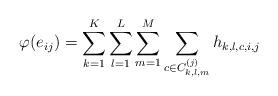
LaTeX: \begin{align*}\varphi (e_{ij} ) = \sum_{k=1}^K \sum_{l=1}^L \sum_{m=1}^M \sum_{c\in C_{k,l,m}^{(j)}} h_{k,l,c,i,j} \end{align*}